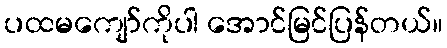
ပထမကျော်ကိုပါ အောင်မြင်ပြန်တယ်။